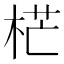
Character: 𣒣